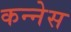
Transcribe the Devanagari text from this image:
कन्नेस